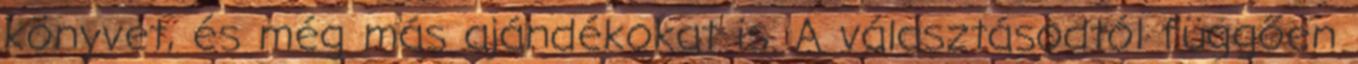
könyvet, és még más ajándékokat is. A választásodtól függően